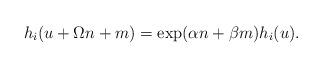
LaTeX: \begin{align*}h_i(u+\Omega n+m)=\exp (\alpha n+\beta m)h_i(u).\end{align*}